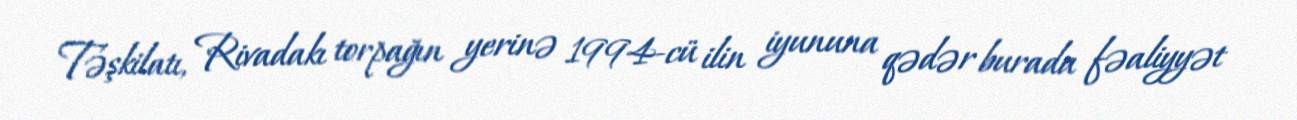
Təşkilatı, Rivadakı torpağın yerinə 1994-cü ilin iyununa qədər burada fəaliyyət